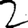
Digit: 2